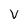
Character: V